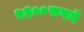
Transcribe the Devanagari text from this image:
२३००रुपये